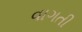
વાગતી